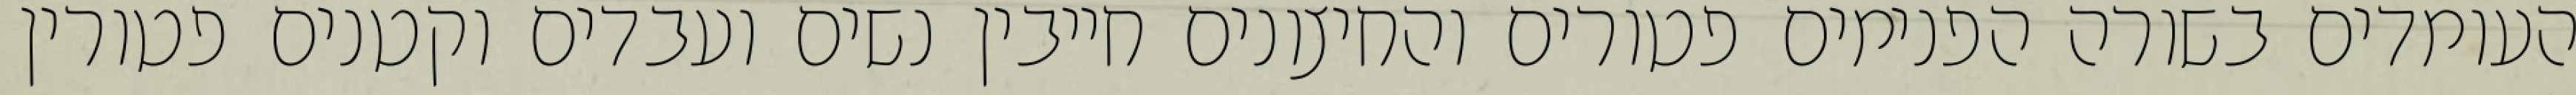
העומדים בשורה הפנימים פטורים והחיצונים חייבין נשים ועבדים וקטנים פטורין